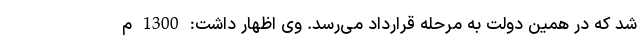
شد که در همین دولت به مرحله قرارداد می‌رسد. وی اظهار داشت: 1300 م